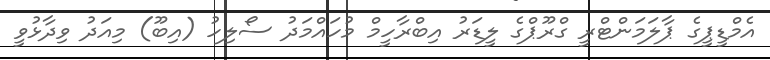
އެމްޑީޕީގެ ޕާލަމަންޓްރީ ގްރޫޕްގެ ލީޑަރު އިބްރާހީމް މުހައްމަދު ސޯލިހު (އިބޫ) މިއަދު ވިދާޅުވީ